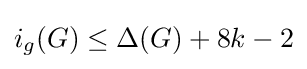
i_{g}(G)\leq \Delta (G)+8k-2